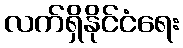
လက်ရှိနိုင်ငံရေး